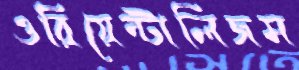
ওরিয়েন্টালিজম